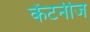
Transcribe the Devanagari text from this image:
केंटनीज